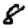
Digit: 8